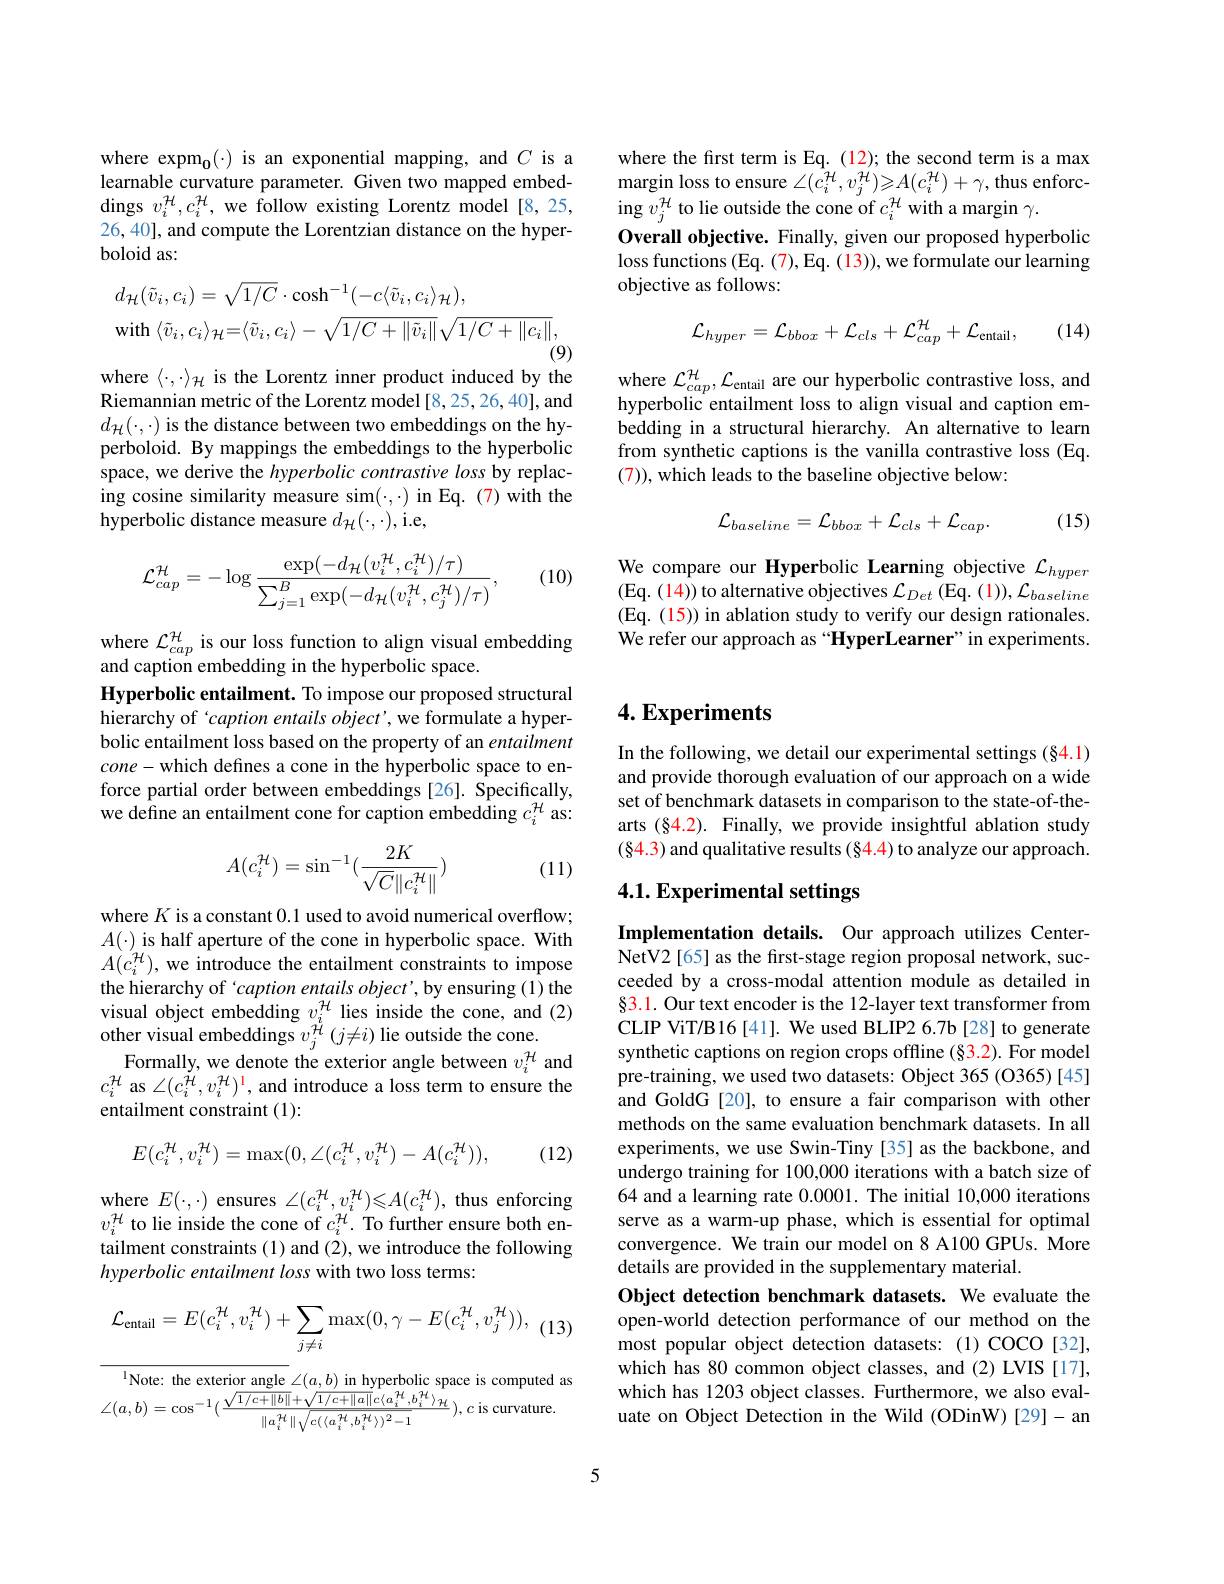
where the first term is Eq. (12); the second term is a max ${\mathrm{margin~loss~to~ensure~}\angle(c_{i}^{\mathcal{H}},v_{j}^{\mathcal{H}})\geqslant A(c_{i}^{\mathcal{H}})+\gamma,\mathrm{thus~enforc-}}$ ing $v_j^{\mathcal{H}}$ to lie outside the cone of $c_i^{\mathcal{H}}$ with a margin $\gamma.$
Overall objective. Finally, given our proposed hyperbolic loss functions (Eq. (7), Eq. (13)), we formulate our learning objective as follows:
$$\mathcal{L}_{hyper}=\mathcal{L}_{bbox}+\mathcal{L}_{cls}+\mathcal{L}_{cap}^{\mathcal{H}}+\mathcal{L}_{\mathrm{entail}},$$
(14)

where $\mathcal{L}_cap^{\mathcal H},\mathcal{L}_{\mathrm{entail}}$ are our hyperbolic contrastive loss, and hyperbolic entailment loss to align visual and caption embedding in a structural hierarchy. An alternative to learn from synthetic captions is the vanilla contrastive loss (Eq. (7)), which leads to the baseline objective below:
$$\mathcal{L}_{baseline}=\mathcal{L}_{bbox}+\mathcal{L}_{cls}+\mathcal{L}_{cap}.$$
(15)

We compare our Hyperbolic Learning objective $\mathcal{L}_hyper$ (Eq. (14)) to alternative objectives $\mathcal{L}_{Det}\left(\mathrm{Eq.~(1)}\right),\mathcal{L}_{baseline}$ (Eq. (15)) in ablation study to verify our design rationales. We refer our approach as “HyperLearner”in experiments.

where expm$_{\mathbf{0}}(\cdot)$ is an exponential mapping, and $C$ is a learnable curvature parameter. Given two mapped embed- $\operatorname{dings}v_{i}^{\mathcal{H}},c_{i}^{\mathcal{H}}$,we follow existing Lorentz model[8,25, 26, 40], and compute the Lorentzian distance on the hyperboloid as:
$$\begin{aligned}&d_{\mathcal{H}}(\tilde{v}_{i},c_{i})=\sqrt{1/C}\cdot\cosh^{-1}(-c\langle\tilde{v}_{i},c_{i}\rangle_{\mathcal{H}}),\\&\mathrm{with}\:\langle\tilde{v}_{i},c_{i}\rangle_{\mathcal{H}}=\langle\tilde{v}_{i},c_{i}\rangle-\sqrt{1/C+\|\tilde{v}_{i}\|}\sqrt{1/C+\|c_{i}\|},\end{aligned}$$
where $\langle\cdot,\cdot\rangle_{\mathcal{H}}$ is the Lorentz inner product induced by the

Riemannian metric of the Lorentz model [8,25,26,40], and $\begin{array}{l}d_{\mathcal{H}}(\cdot,\cdot)\text{ is the distance between two embeddings on the hy-}\\\text{perboloid. By mappings the embeddings to the hyperbolic}\end{array}$ space, we derive the hyperbolic contrastive loss by replacing cosine similarity measure sim(·,·) in Eq.(7) with the hyperbolic distance measure $d_{\mathcal{H}}(\cdot,\cdot)$,i.e,

(10)
$$\mathcal{L}_{cap}^{\mathcal{H}}=-\log\frac{\exp(-d_{\mathcal{H}}(v_{i}^{\mathcal{H}},c_{i}^{\mathcal{H}})/\tau)}{\sum_{j=1}^{B}\exp(-d_{\mathcal{H}}(v_{i}^{\mathcal{H}},c_{j}^{\mathcal{H}})/\tau)},$$
$\begin{array}{l}\mathrm{where~}\mathcal{L}_{cap}^{\mathcal H}\text{ is our loss function to align visual embedding}\\\mathrm{and~caption~embedding~in~the~hyperbolic~space.}\end{array}$ Hyperbolic entailment. To impose our proposed structural hierarchy of ‘caption entails object’, we formulate a hyperbolic entailment loss based on the property of an entailment cone- which defines a cone in the hyperbolic space to enforce partial order between embeddings [26]. Specifically, we define an entailment cone for caption embedding $c_i^{\mathcal{H}}$ as:

(11)
$$A(c_i^{\mathcal{H}})=\sin^{-1}(\frac{2K}{\sqrt{C}\|c_i^{\mathcal{H}}\|})$$
where $K$ is a constant 0.1 used to avoid numerical overflow; $A(\cdot)$ is half aperture of the cone in hyperbolic space. With $A(c_{i}^{\mathcal{H}})$, we introduce the entailment constraints to impose the hierarchy of 'caption entails $object’$,by ensuring (1) the visual object embedding $v_i^{\mathcal{H}}$ lies inside the cone, and (2) other visual embeddings $v_j^{\#}(j\neq i)$ lie outside the cone.
Formally, we denote the exterior angle between $v_i^{\mathcal{H}}$ and $c_i^{\mathcal{H}}$ as $\angle(c_i^{\mathcal{H}},v_i^{\mathcal{H}})^{\mathsf{I}}$, and introduce a loss term to ensure the entailment constraint (1):
$$E(c_i^{\mathcal H},v_i^{\mathcal H})=\max(0,\angle(c_i^{\mathcal H},v_i^{\mathcal H})-A(c_i^{\mathcal H})),$$
(12)

where $E(\cdot,\cdot)$ ensures $\angle(c_i^{\mathcal{H}},v_i^{\mathcal{H}})\leqslant A(c_i^{\mathcal{H}})$, thus enforcing $v_{i}^{\mathcal{H}}$ to lie inside the cone of $c_i^{\mathcal{H}}.$ To further ensure both entailment constraints (1) and (2), we introduce the following hyperbolic entailment loss with two loss terms:
$$\mathcal{L}_{\mathrm{entail}}=E(c_{i}^{\mathcal{H}},v_{i}^{\mathcal{H}})+\sum_{j\neq i}\max(0,\gamma-E(c_{i}^{\mathcal{H}},v_{j}^{\mathcal{H}})),$$
(13

$^{1}$Note: the exterior angle $\angle ( a, b)$ in hyperbolic space is computed as $\angle(a,b)=\cos^{-1}(\frac{\sqrt{1/c+\|b\|}+\sqrt{1/c+\|a\|c\langle a_{i}^{\mathcal{H}},b_{i}^{\mathcal{H}}\rangle}{\|a_{i}^{\mathcal{H}}\|\sqrt{c(\langle a_{i}^{\mathcal{H}},b_{i}^{\mathcal{H}}\rangle)^{2}-1}}),c\text{ is curvature}}$

## $4. \textbf{Experiments}$

In the following, we detail our experimental settings (§4.1) and provide thorough evaluation of our approach on a wide set of benchmark datasets in comparison to the state-of-thearts (§4.2). Finally, we provide insightful ablation study (§4.3) and qualitative results (§4.4) to analyze our approach.

# 4.1. Experimental settings

Implementation details. Our approach utilizes CenterNetV2[65] as the frst-stage region proposal network, succeeded by a cross-modal attention module as detailed in §3.1. Our text encoder is the 12-layer text transformer from CLIP ViT/B16[41]. We used BLIP2 6.7b[28] to generate synthetic captions on region crops offline (§3.2). For model pre-training, we used two datasets: Object 365 (O365)[45] and GoldG [20], to ensure a fair comparison with other methods on the same evaluation benchmark datasets. In all experiments, we use Swin-Tiny [35] as the backbone, and undergo training for 100,000 iterations with a batch size of 64 and a learning rate 0.0001. The initial 10,000 iterations serve as a warm-up phase, which is essential for optimal convergence. We train our model on 8 A100 GPUs. More details are provided in the supplementary material.
Object detection benchmark datasets. We evaluate the open-world detection performance of our method on the most popular object detection datasets: (1) COCO[32], which has 80 common object classes, and (2) LVIS [17], which has 1203 object classes. Furthermore, we also evaluate on Object Detection in the Wild (ODinW)[29]-an

5